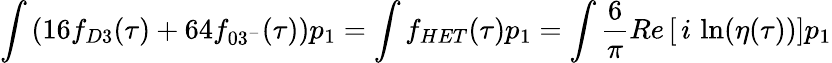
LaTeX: \int\left(16f_{D3}(\tau)+64f_{03^{-}}(\tau)\right)p_{1}=\int f_{HET}(\tau)p_{1}=\int\frac{6}{\pi}Re\left[\, i\, \ln(\eta(\tau))\right]p_{1}